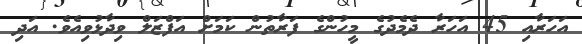
އަހަރާއި 45 އަހަރާ ދެމެދުގެ މީހުންގެ ފަރާތުން ކަމަށް އަފްޒަލް ވިދާޅުވިއެވެ. އަދި